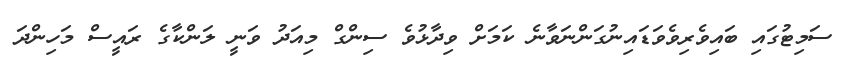
ސަމިޓުގައި ބައިވެރިވެވަޑައިނުގަންނަވާނެ ކަމަށް ވިދާޅުވެ ސިންގް މިއަދު ވަނީ ލަންކާގެ ރައީސް މަހިންދަ